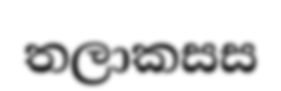
තලාකසස